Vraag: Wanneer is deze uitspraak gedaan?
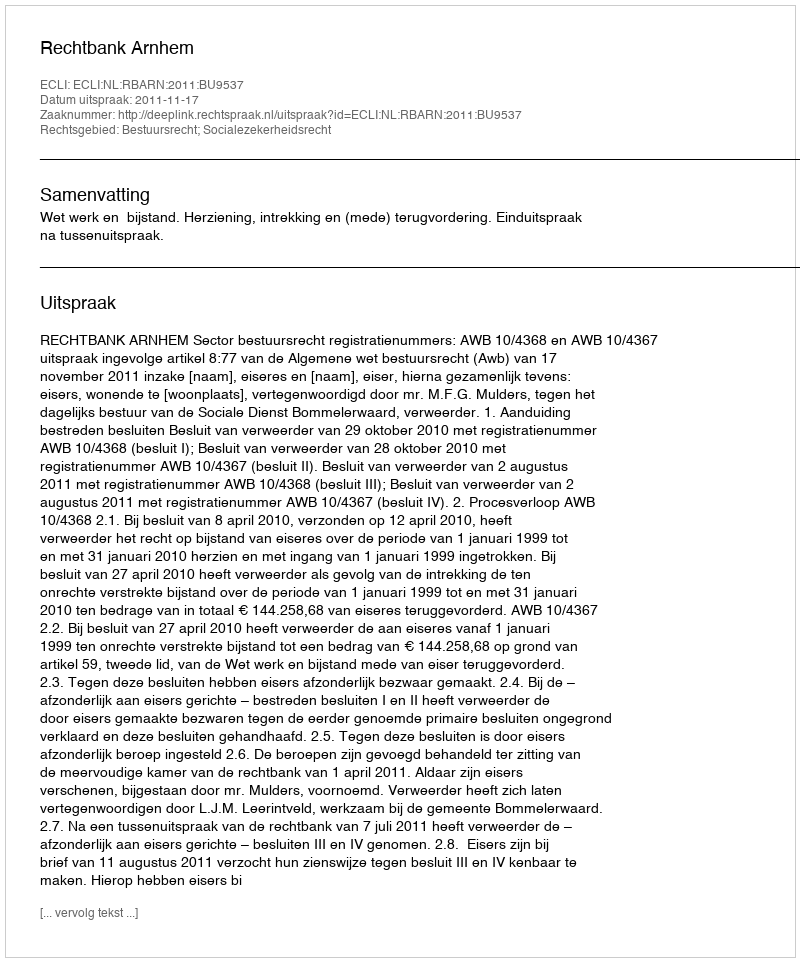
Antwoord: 2011-11-17